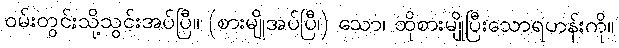
ဝမ်းတွင်းသို့သွင်းအပ်ပြီ။ (စားမျိုအပ်ပြီ၊) သော၊ ထိုစားမျိုပြီးသောရဟန်းကို။